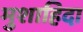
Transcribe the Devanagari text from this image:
मुशाहिदा